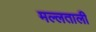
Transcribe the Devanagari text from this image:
मल्लताली